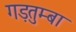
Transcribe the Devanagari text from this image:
गड़तुम्बा